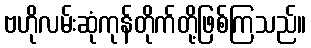
ဗဟိုလမ်းဆုံကုန်တိုက်တို့ဖြစ်ကြသည်။